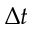
\Delta t